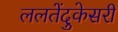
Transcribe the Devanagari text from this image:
ललतेंदुकेसरी